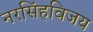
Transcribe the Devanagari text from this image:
नरसिंहविजय